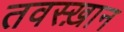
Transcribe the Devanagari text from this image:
तवस्ख़ान